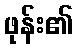
ဖုန်း၏